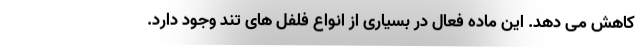
کاهش می دهد. این ماده فعال در بسیاری از انواع فلفل های تند وجود دارد.